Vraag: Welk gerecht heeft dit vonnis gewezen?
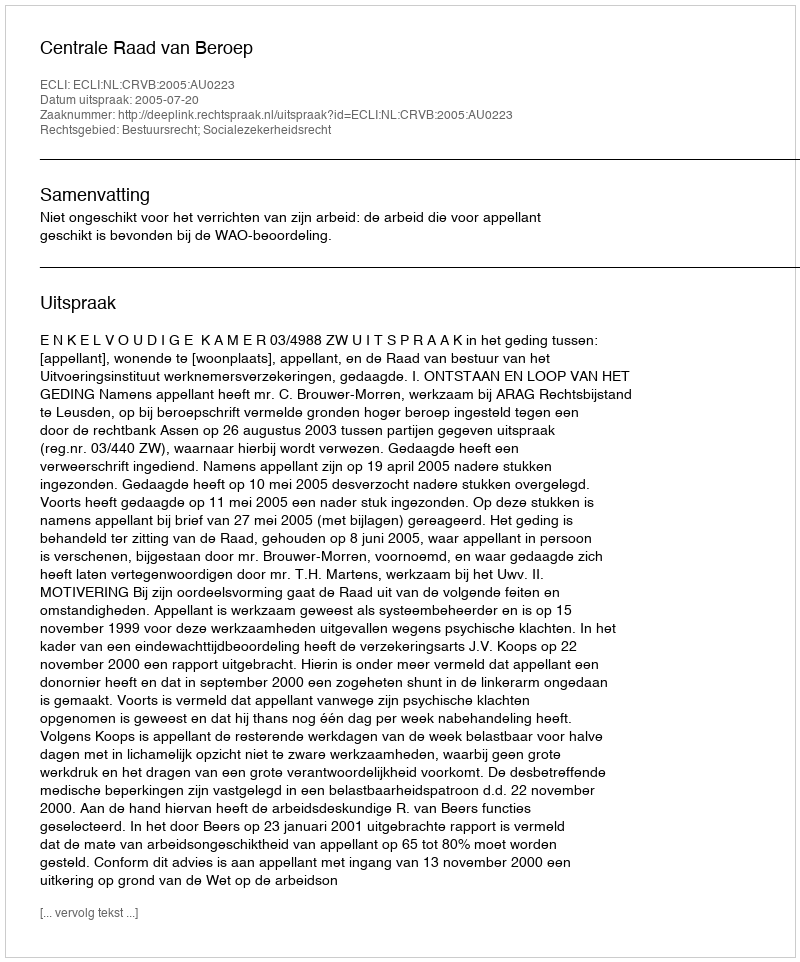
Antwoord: Centrale Raad van Beroep